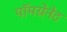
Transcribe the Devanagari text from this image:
पॉमग्रेनेट